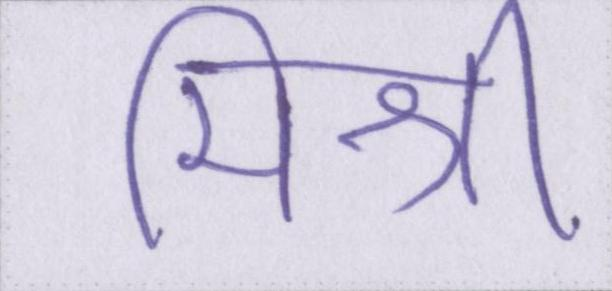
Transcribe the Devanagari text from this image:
मिश्री